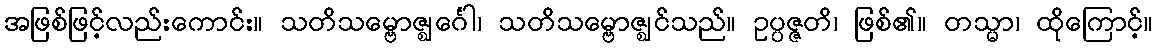
အဖြစ်ဖြင့်လည်းကောင်း။ သတိသမ္ဗောဇ္ဈင်္ဂေါ၊ သတိသမ္ဗောဇ္ဈင်သည်။ ဥပ္ပဇ္ဇတိ၊ ဖြစ်၏။ တသ္မာ၊ ထိုကြောင့်။